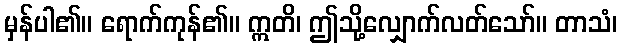
မှန်ပါ၏။ ရောက်ကုန်၏။ ဣတိ၊ ဤသို့လျှောက်လတ်သော်။ တာသံ၊